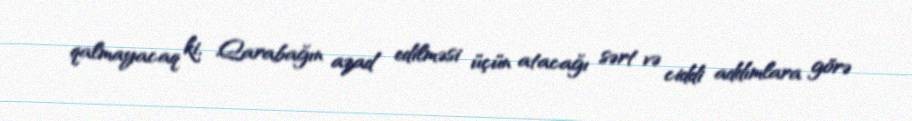
qalmayacaq ki, Qarabağın azad edilməsi üçün atacağı sərt və ciddi addımlara görə